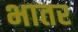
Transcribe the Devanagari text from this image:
भातर